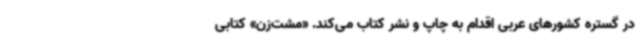
در گستره کشورهای عربی اقدام به چاپ و نشر کتاب می‌کند. «مشت‌زن» کتابی